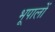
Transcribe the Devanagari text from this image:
भूपालों